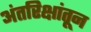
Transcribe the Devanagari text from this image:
अंतरिक्षांतून